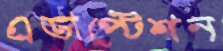
এডাপ্টেশন